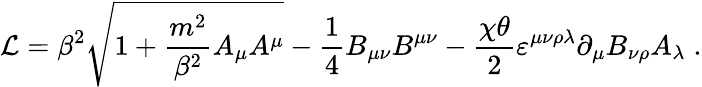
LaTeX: \mathcal{L}=\beta^{2}\sqrt{1+\frac{m^{2}}{\beta^{2}}A_{\mu}A^{\mu}}-\frac{1}{4}B_{\mu\nu}B^{\mu\nu}-\frac{\chi\theta}{2}\varepsilon^{\mu\nu\rho\lambda}\partial_{\mu}B_{\nu\rho}A_{\lambda}\; .